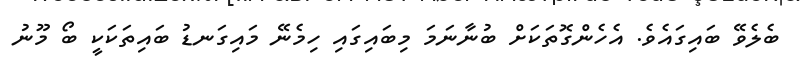
ބެލެވޭ ބައިގައެވެ. އެހެންގޮތަކަށް ބުނާނަމަ މިބައިގައި ހިމެނޭ މައިގަނޑު ބައިތަކަކީ ބޯ މޫނު